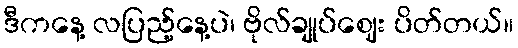
ဒီကနေ့ လပြည့်နေ့ပဲ၊ ဗိုလ်ချုပ်ဈေး ပိတ်တယ်။